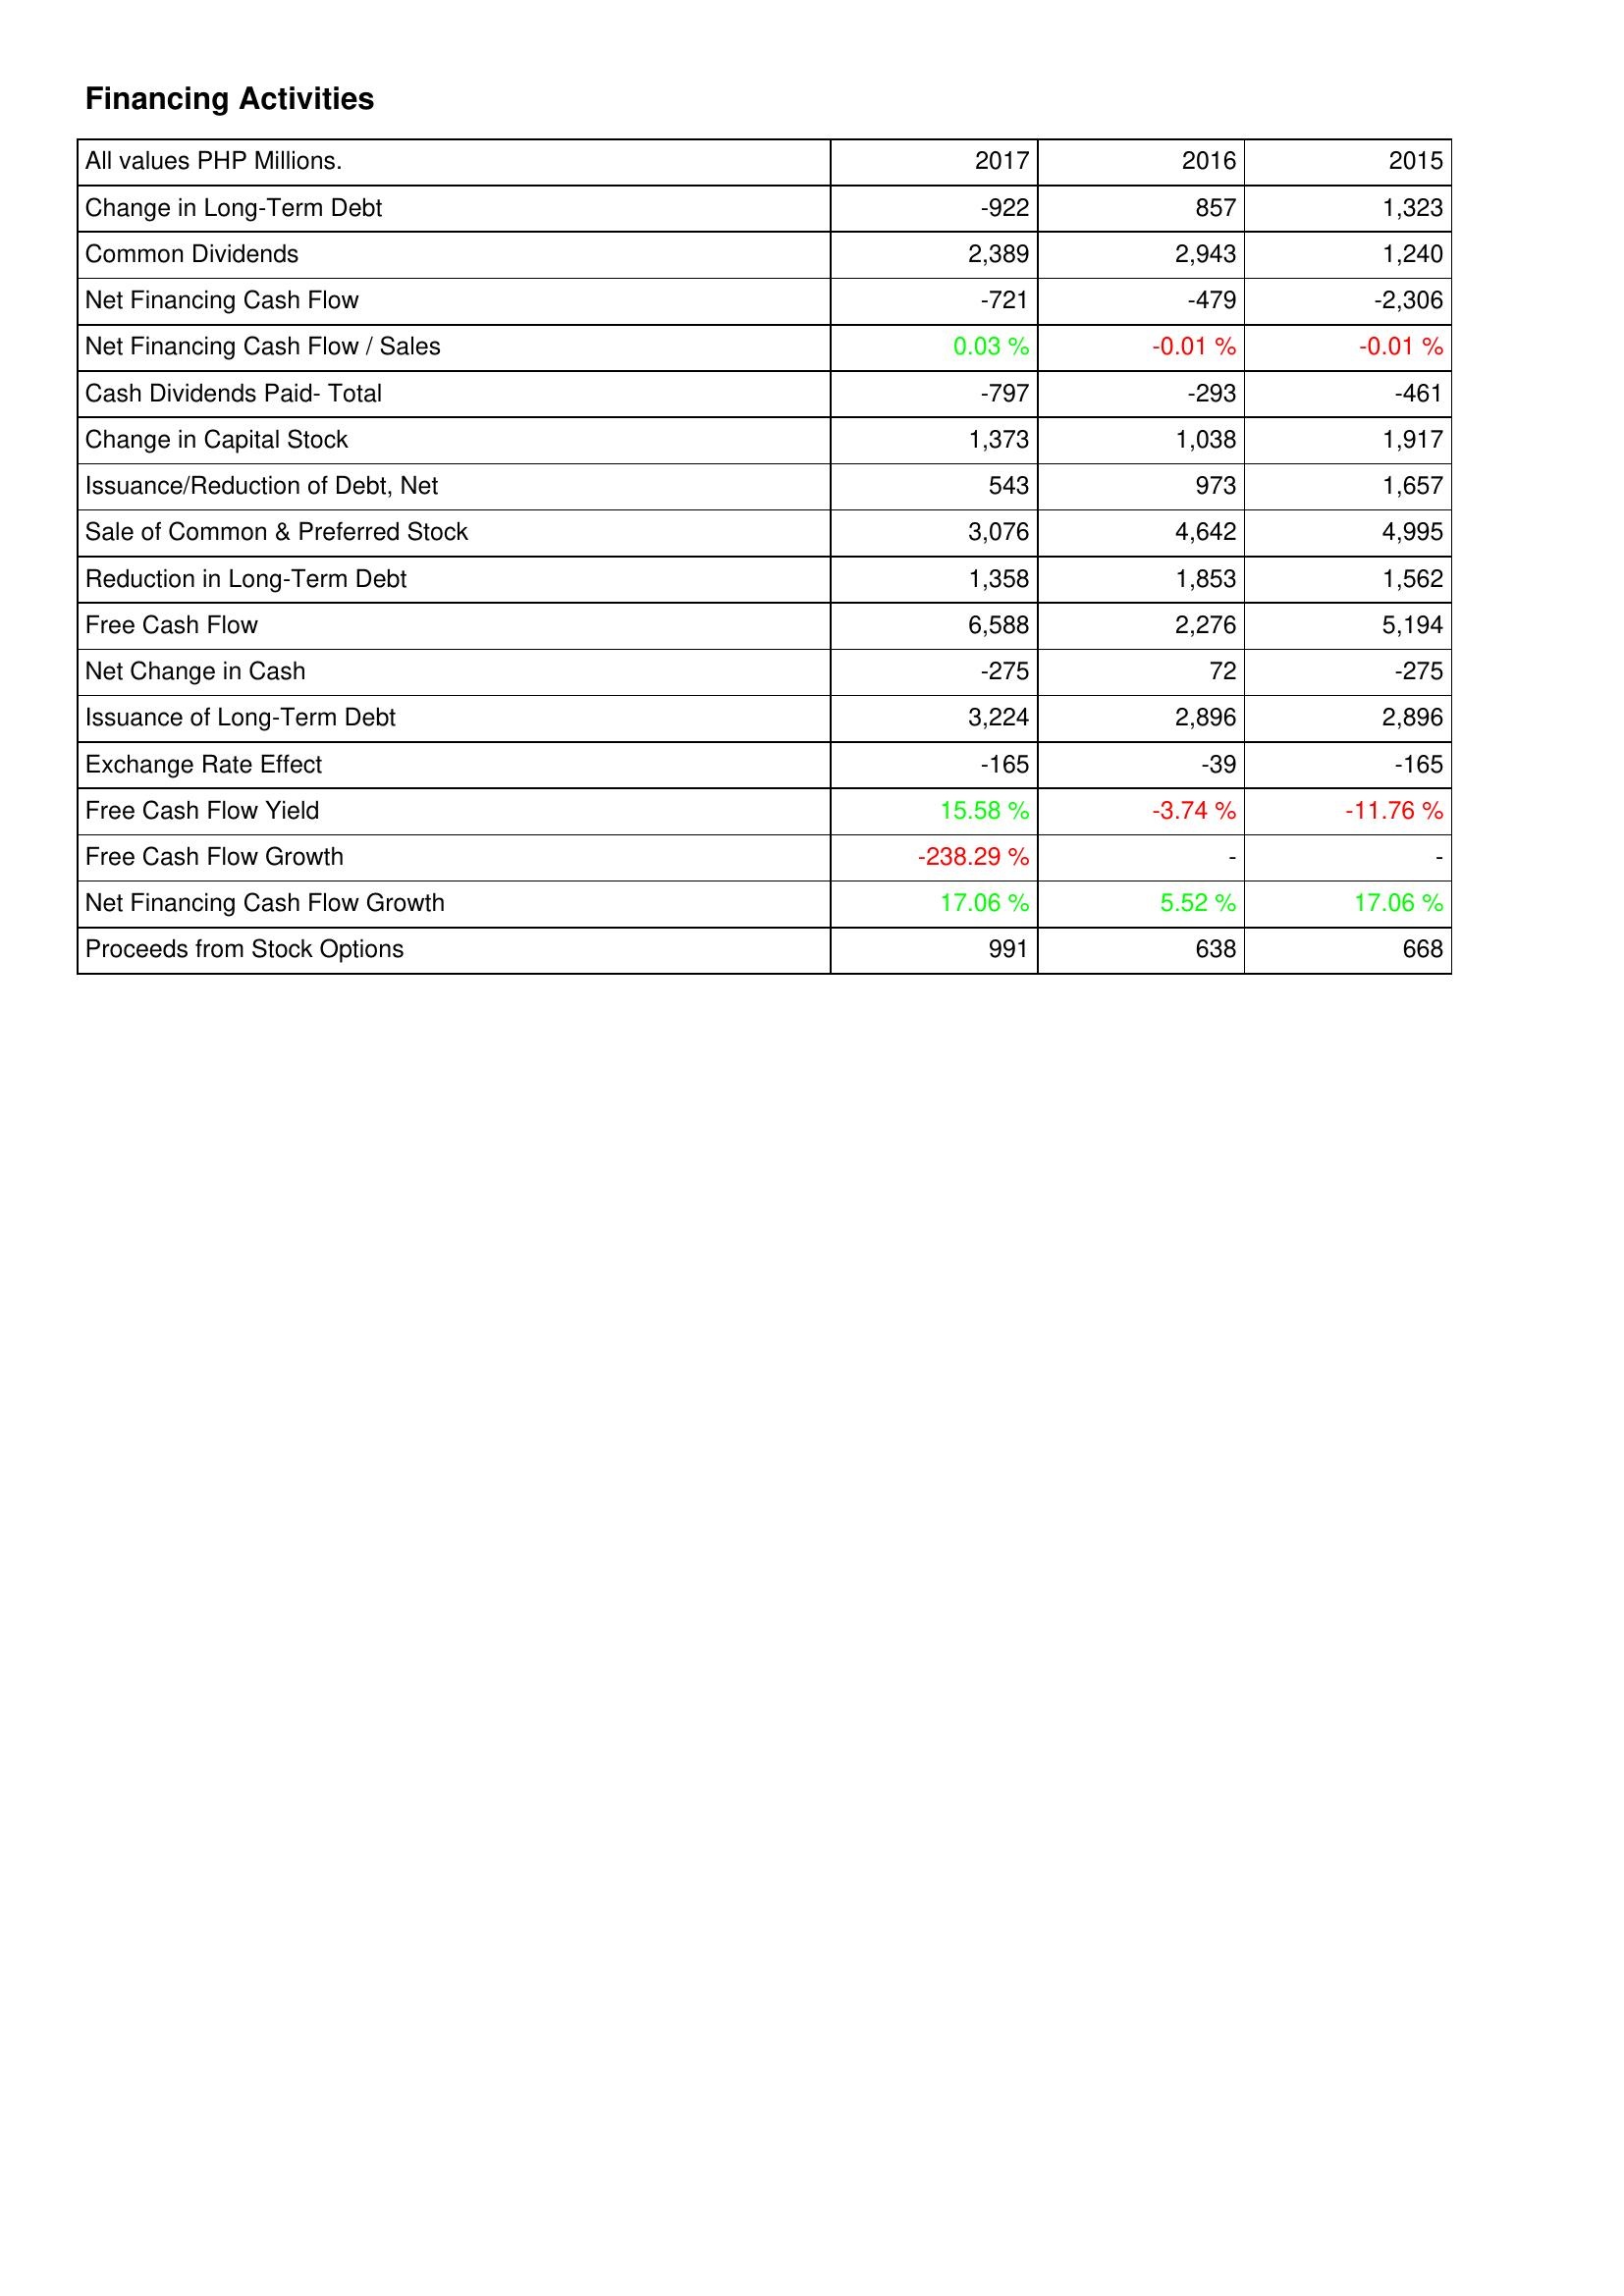
2017: Financing Activities: Change in Long-Term Debt: -922
Common Dividends: 2,389
Net Financing Cash Flow: -721
Net Financing Cash Flow / Sales: 0.03 %
Cash Dividends Paid- Total: -797
Change in Capital Stock: 1,373
Issuance/Reduction of Debt, Net: 543
Sale of Common & Preferred Stock: 3,076
Reduction in Long-Term Debt: 1,358
Free Cash Flow: 6,588
Net Change in Cash: -275
Issuance of Long-Term Debt: 3,224
Exchange Rate Effect: -165
Free Cash Flow Yield: 15.58 %
Free Cash Flow Growth: -238.29 %
Net Financing Cash Flow Growth: 17.06 %
Proceeds from Stock Options: 991
2016: Financing Activities: Change in Long-Term Debt: 857
Common Dividends: 2,943
Net Financing Cash Flow: -479
Net Financing Cash Flow / Sales: -0.01 %
Cash Dividends Paid- Total: -293
Change in Capital Stock: 1,038
Issuance/Reduction of Debt, Net: 973
Sale of Common & Preferred Stock: 4,642
Reduction in Long-Term Debt: 1,853
Free Cash Flow: 2,276
Net Change in Cash: 72
Issuance of Long-Term Debt: 2,896
Exchange Rate Effect: -39
Free Cash Flow Yield: -3.74 %
Free Cash Flow Growth: -
Net Financing Cash Flow Growth: 5.52 %
Proceeds from Stock Options: 638
2015: Financing Activities: Change in Long-Term Debt: 1,323
Common Dividends: 1,240
Net Financing Cash Flow: -2,306
Net Financing Cash Flow / Sales: -0.01 %
Cash Dividends Paid- Total: -461
Change in Capital Stock: 1,917
Issuance/Reduction of Debt, Net: 1,657
Sale of Common & Preferred Stock: 4,995
Reduction in Long-Term Debt: 1,562
Free Cash Flow: 5,194
Net Change in Cash: -275
Issuance of Long-Term Debt: 2,896
Exchange Rate Effect: -165
Free Cash Flow Yield: -11.76 %
Free Cash Flow Growth: -
Net Financing Cash Flow Growth: 17.06 %
Proceeds from Stock Options: 668